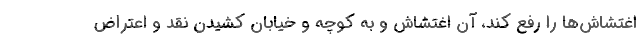
اغتشاش‌ها را رفع کند، آن اغتشاش و به کوچه و خیابان کشیدن نقد و اعتراض